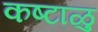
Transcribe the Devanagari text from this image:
कष्टाळु